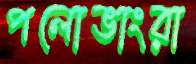
পলোভাংরা